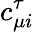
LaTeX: c_{\mu i}^{\tau}